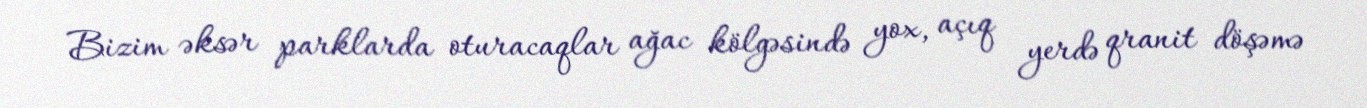
Bizim əksər parklarda oturacaqlar ağac kölgəsində yox, açıq yerdə qranit döşəmə